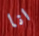
انا